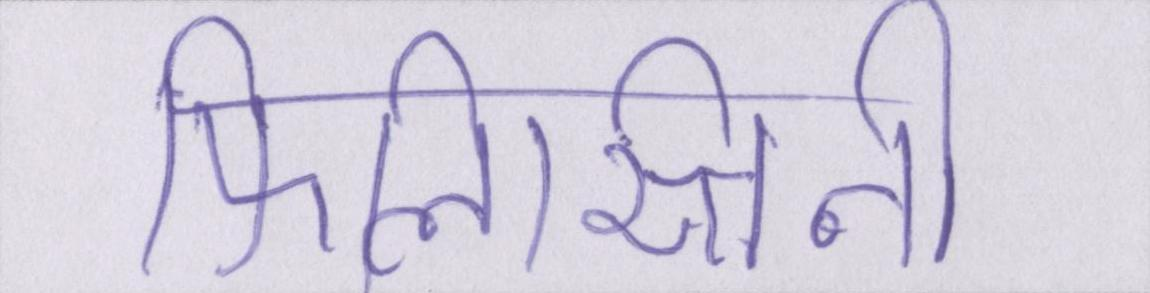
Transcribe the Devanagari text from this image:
फिलिस्तिनी